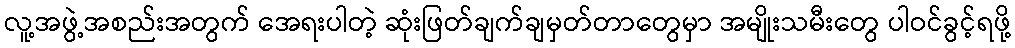
လူ့အဖွဲ့အစည်းအတွက် အေရးပါတဲ့ ဆုံးဖြတ်ချက်ချမှတ်တာတွေမှာ အမျိုးသမီးတွေ ပါဝင်ခွင့်ရဖို့